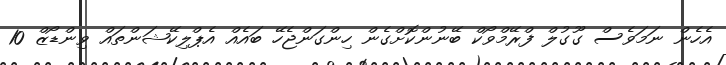
އެހެން ނަމަވެސް ގޫގުލް ފްރޭމްވޯކް ބޭނުންކޮށްގެން ހިންގަންޖެހޭ ބައެއް އެޕްލިކޭޝަންތައް ވިންޑޯޒް 10